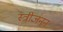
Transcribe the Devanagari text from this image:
स्त्रीजनन